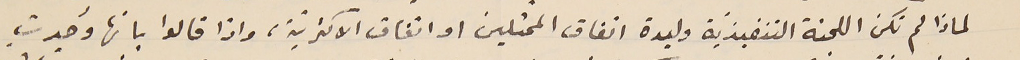
لماذا لم تكن اللجنة التنفيذية وليدة اتفاق الممثلين او اتفاق الاكثريّة، واذا قالوا بانها وُجدتِ